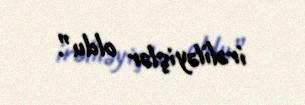
irəliləyişlər oldu”.